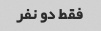
فقط دو نفر